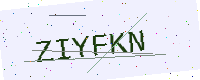
Text: ZIYFKN